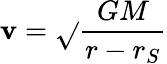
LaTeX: \mathbf{v}={\sqrt{}{{\frac{{GM}}{{r-r_{S}}}}}}